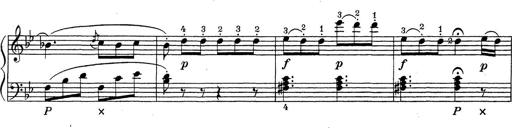
Title: ÄŒeskÃ© Sonatiny
Composer: Various